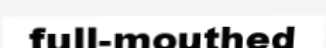
full-mouthed